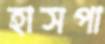
হাসপা